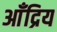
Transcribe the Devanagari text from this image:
आँद्रिय